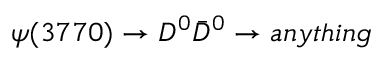
\psi ( 3 7 7 0 ) \to D ^ { 0 } \bar { D } ^ { 0 } \to a n y t h i n g